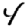
Digit: 4